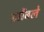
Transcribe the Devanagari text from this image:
झोंबले